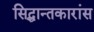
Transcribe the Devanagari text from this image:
सिद्धान्तकारांस